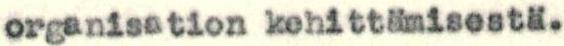
organisation kehittämisestä.